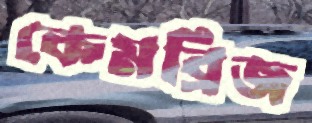
কেমব্রিজ